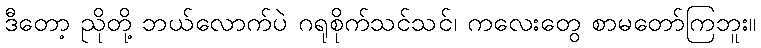
ဒီတော့ ညိုတို့ ဘယ်လောက်ပဲ ဂရုစိုက်သင်သင်၊ ကလေးတွေ စာမတော်ကြဘူး။